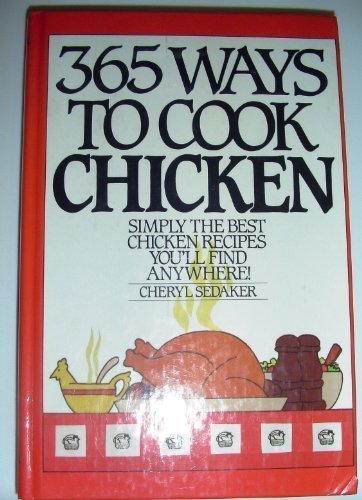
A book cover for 365 Ways to Cook Chicken: Simply the Best Chicken Recipes You'll Find Anywere!; Cheryl Sedaker; Cookbooks, Food & Wine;